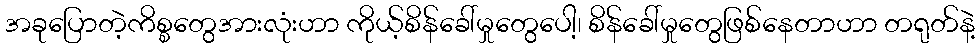
အခုပြောတဲ့ကိစ္စတွေအားလုံးဟာ ကိုယ့်စိန်ခေါ်မှုတွေပေါ့၊ စိန်ခေါ်မှုတွေဖြစ်နေတာဟာ တရုတ်နဲ့